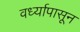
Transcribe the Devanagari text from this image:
वर्ध्यापासून